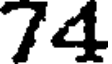
74